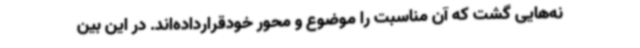
نه‌هایی گشت که آن مناسبت را موضوع و محور خودقرارداده‌اند. در این بین